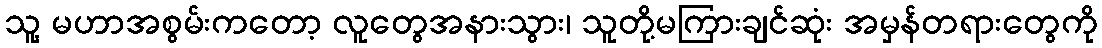
သူ့ မဟာအစွမ်းကတော့ လူတွေအနားသွား၊ သူတို့မကြားချင်ဆုံး အမှန်တရားတွေကို